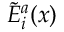
{ \tilde { E } } _ { i } ^ { a } ( x )